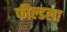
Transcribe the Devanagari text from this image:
फील्डला